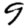
Digit: 9